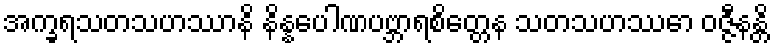
အက္ခရသတသဟဿာနိ နိန္နပေါဏပဗ္ဘာရစိတ္တေန သတသဟဿော ဝဇ္ဇီနန္တိ